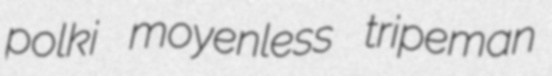
polki moyenless tripeman